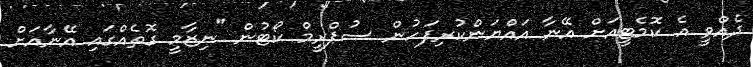
ދެއްވީ އެ ކޮމެޓީއަށް އޭނާ އައްޔަންކުރިފަހުން ސުޕްރީމް ކޯޓުން "ނިޒާމީ ގޮތެއްގައި އޭނާއަށް